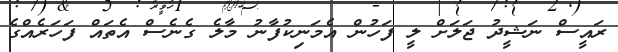
ރައީސް ނަޝީދު ޖަލަށް ލީ ފަހުން އެމަނިކުފާނު މާލެ ގެނެސް އެތައް ފަހަރެއްގެ